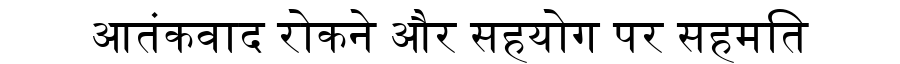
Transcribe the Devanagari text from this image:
आतंकवाद रोकने और सहयोग पर सहमति